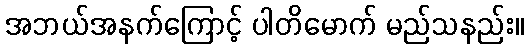
အဘယ်အနက်ကြောင့် ပါတိမောက် မည်သနည်း။